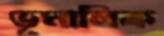
ভূমালিক